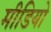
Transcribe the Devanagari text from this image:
मीडियो